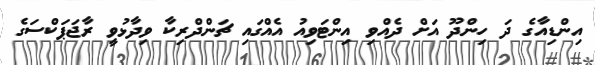
އިންޑިއާގެ ދަ ހިންދޫ އަށް ދެއްވި އިންޓަވިއު އެއްގައި ޗަންދްރިކާ ވިދާޅުވީ ރާޖަޕަކްސަގެ